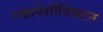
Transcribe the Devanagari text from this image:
रक्तपेशीविघटन